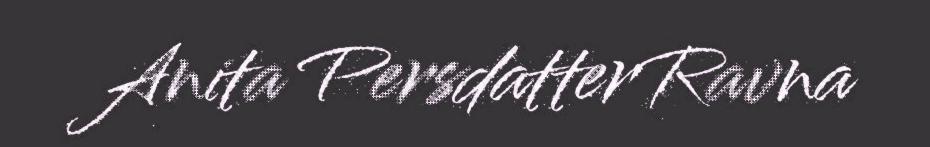
Anita Persdatter Ravna